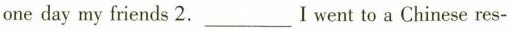
one day my friends 2.___I went to a Chinese res-